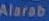
Alarab